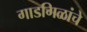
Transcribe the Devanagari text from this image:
गाडगिळांचे